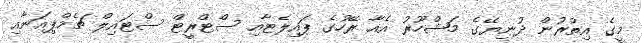
މީގެ އިތުރުން ދުނިޔޭގެ މަޝްހޫރު އެއާ ރޭހުގެ ޕައިލެޓާއި ސްޓްރީޓް ސްޓައިލް ޗެމްޕިއަނާއި